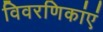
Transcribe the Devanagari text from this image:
विवरणिकांएं